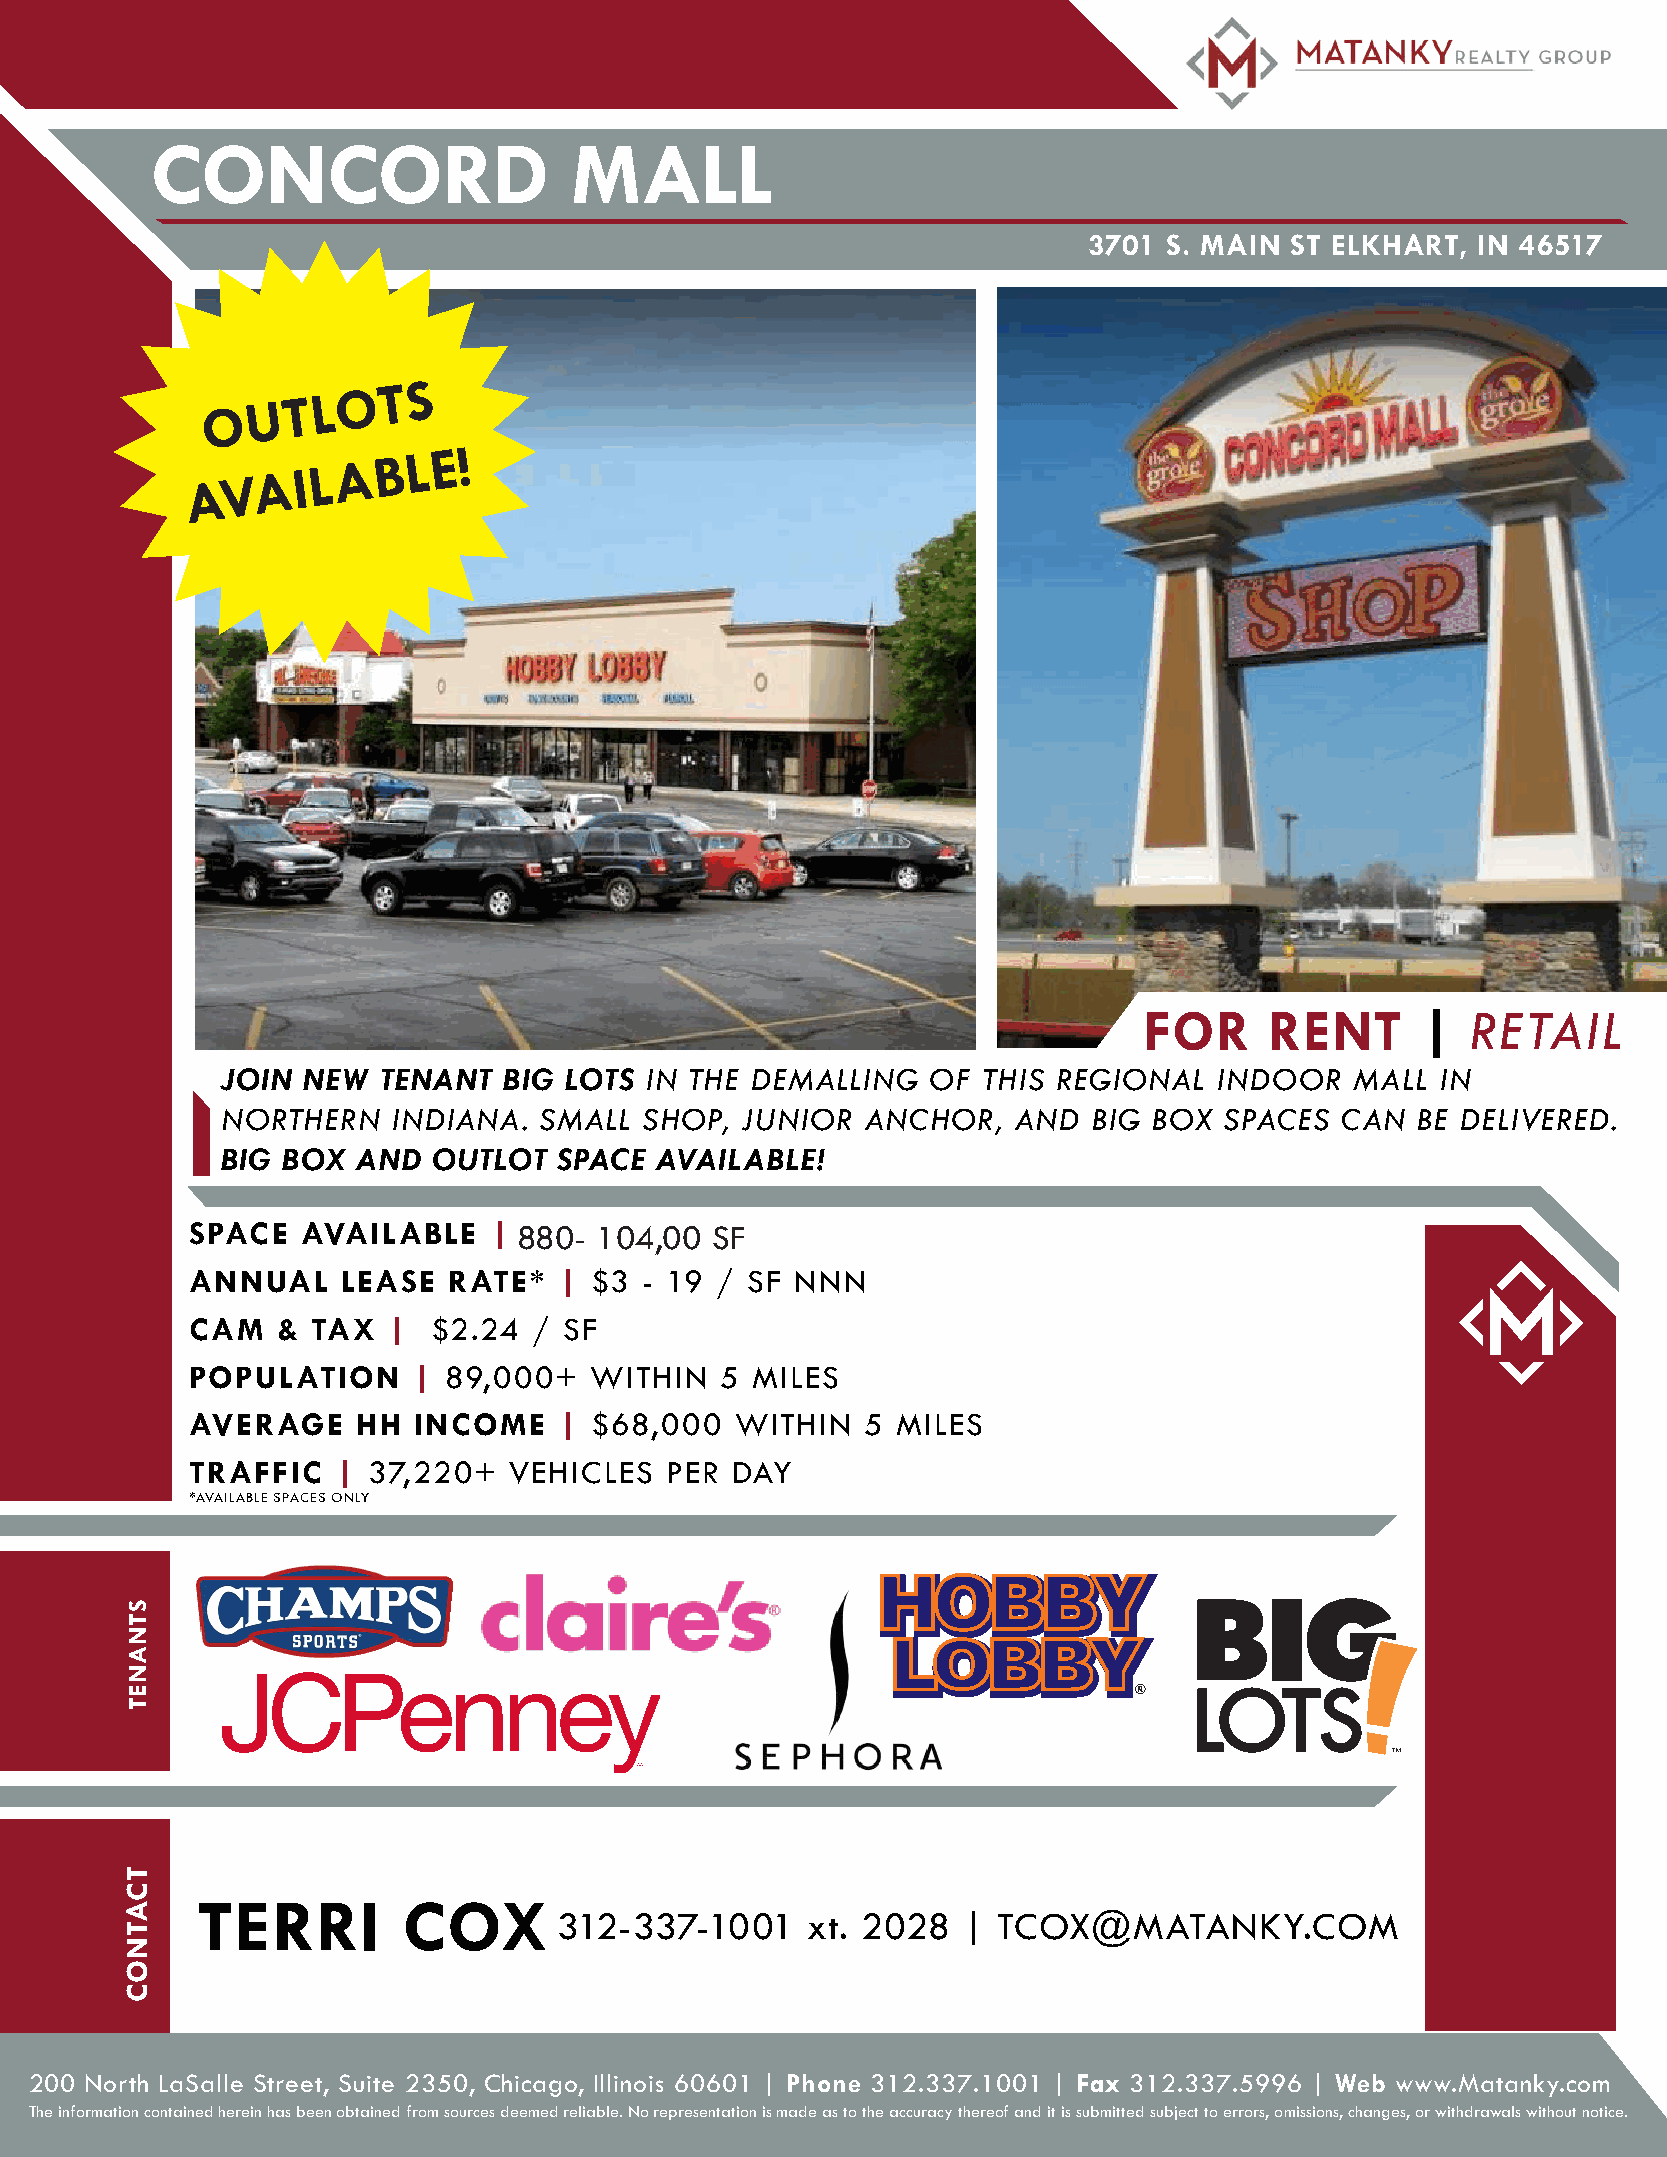
CONCORD                     MALL
 3701 S. MAIN ST ELKHART,  IN 46517
 O  U T L O T S
 AVA    I L A B L E !
 FOR     RENT      |  RETAIL
 JOIN NEW  TENANT  BIG LOTS  IN THE DEMALLING   OF THIS REGIONAL   INDOOR   MALL IN
 NORTHERN   INDIANA.  SMALL  SHOP, JUNIOR  ANCHOR,   AND  BIG BOX  SPACES  CAN  BE DELIVERED.
 BIG BOX  AND  OUTLOT  SPACE AVAILABLE!
 SPACE  AVAILABLE   | 868600- -1 0142,90,00 0S0F SF
 ANNUAL    LEASE  RATE*  | $3  - 19 / SF NNN
 CAM  &  TAX  |  $2.24 / SF
 POPULATION    | 89,000+   WITHIN   5 MILES
 AVERAGE    HH INCOME    | $68,000   WITHIN  5 MILES
 TRAFFIC  | 37,220+   VEHICLES  PER DAY
 *AVAILABLE SPACES ONLY
 TERRI         COX
 312-337-1001    xt. 2028   | TCOX@MATANKY.COM
 200 North LaSalle Street, Suite 2350, Chicago, Illinois 60601 | Phone 312.337.1001 | Fax 312.337.5996 | Web www.Matanky.com
 The information contained herein has been obtained from sources deemed reliable. No representation is made as to the accuracy thereof and it is submitted subject to errors, omissions, changes, or withdrawals without notice.
 STNANET
 TCATNOC